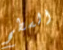
السطح